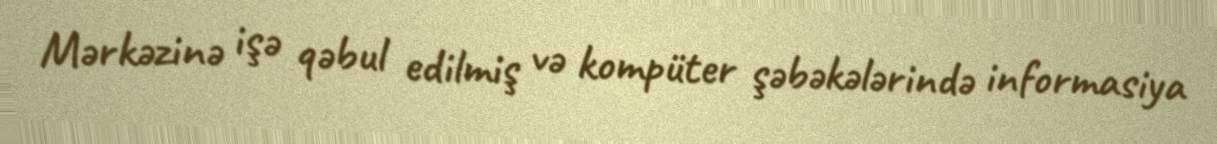
Mərkəzinə işə qəbul edilmiş və kompüter şəbəkələrində informasiya